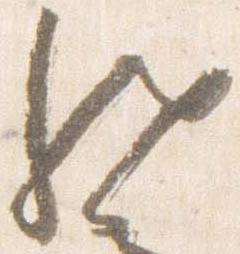
然